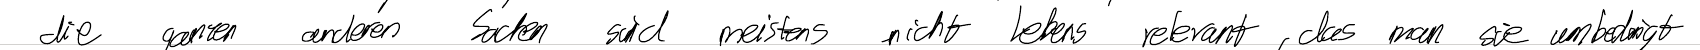
die ganzen anderen Sachen sind meistens nicht Lebens relevant, das man sie unbedingt